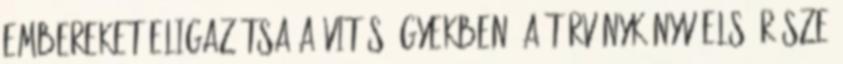
embereket eligazítsa a vitás ügyekben. A törvénykönyv első része